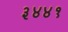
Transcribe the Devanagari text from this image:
३४४१